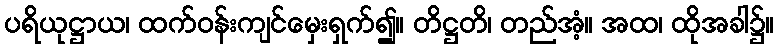
ပရိယုဋ္ဌာယ၊ ထက်ဝန်းကျင်မှေးရှက်၍။ တိဋ္ဌတိ၊ တည်အံ့။ အထ၊ ထိုအခါ၌။